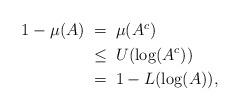
LaTeX: \begin{align*}\begin{aligned}1-\mu(A) & \;=\; \mu(A^c) \\& \;\leq\; U(\log(A^c)) \\& \;=\; 1 - L(\log(A)),\end{aligned}\end{align*}